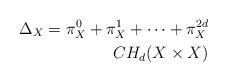
LaTeX: \begin{align*}\Delta_X = \pi^0_X +\pi^1_X +\cdots + \pi^{2d}_X \\CH_d(X\times X)\end{align*}